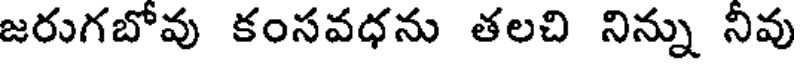
జరుగబోవు కంసవధను తలచి నిన్ను నివు